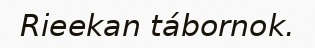
Rieekan tábornok.